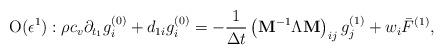
LaTeX: \begin{align*}{\rm O}(\epsilon ^1):\rho c_v\partial_ {t_1}g_i^{(0)}+d_{1i}g_i^{(0)}=-\frac{1}{\Delta t} \left({{{\bf{ M}}}}^{-1}{\Lambda}{{{\bf{ M}}}}\right)_{ij} g_j^{(1)} + {{w}_i \bar F^{(1)}},\end{align*}